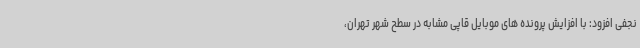
نجفی افزود: با افزایش پرونده های موبایل قاپی مشابه در سطح شهر تهران،